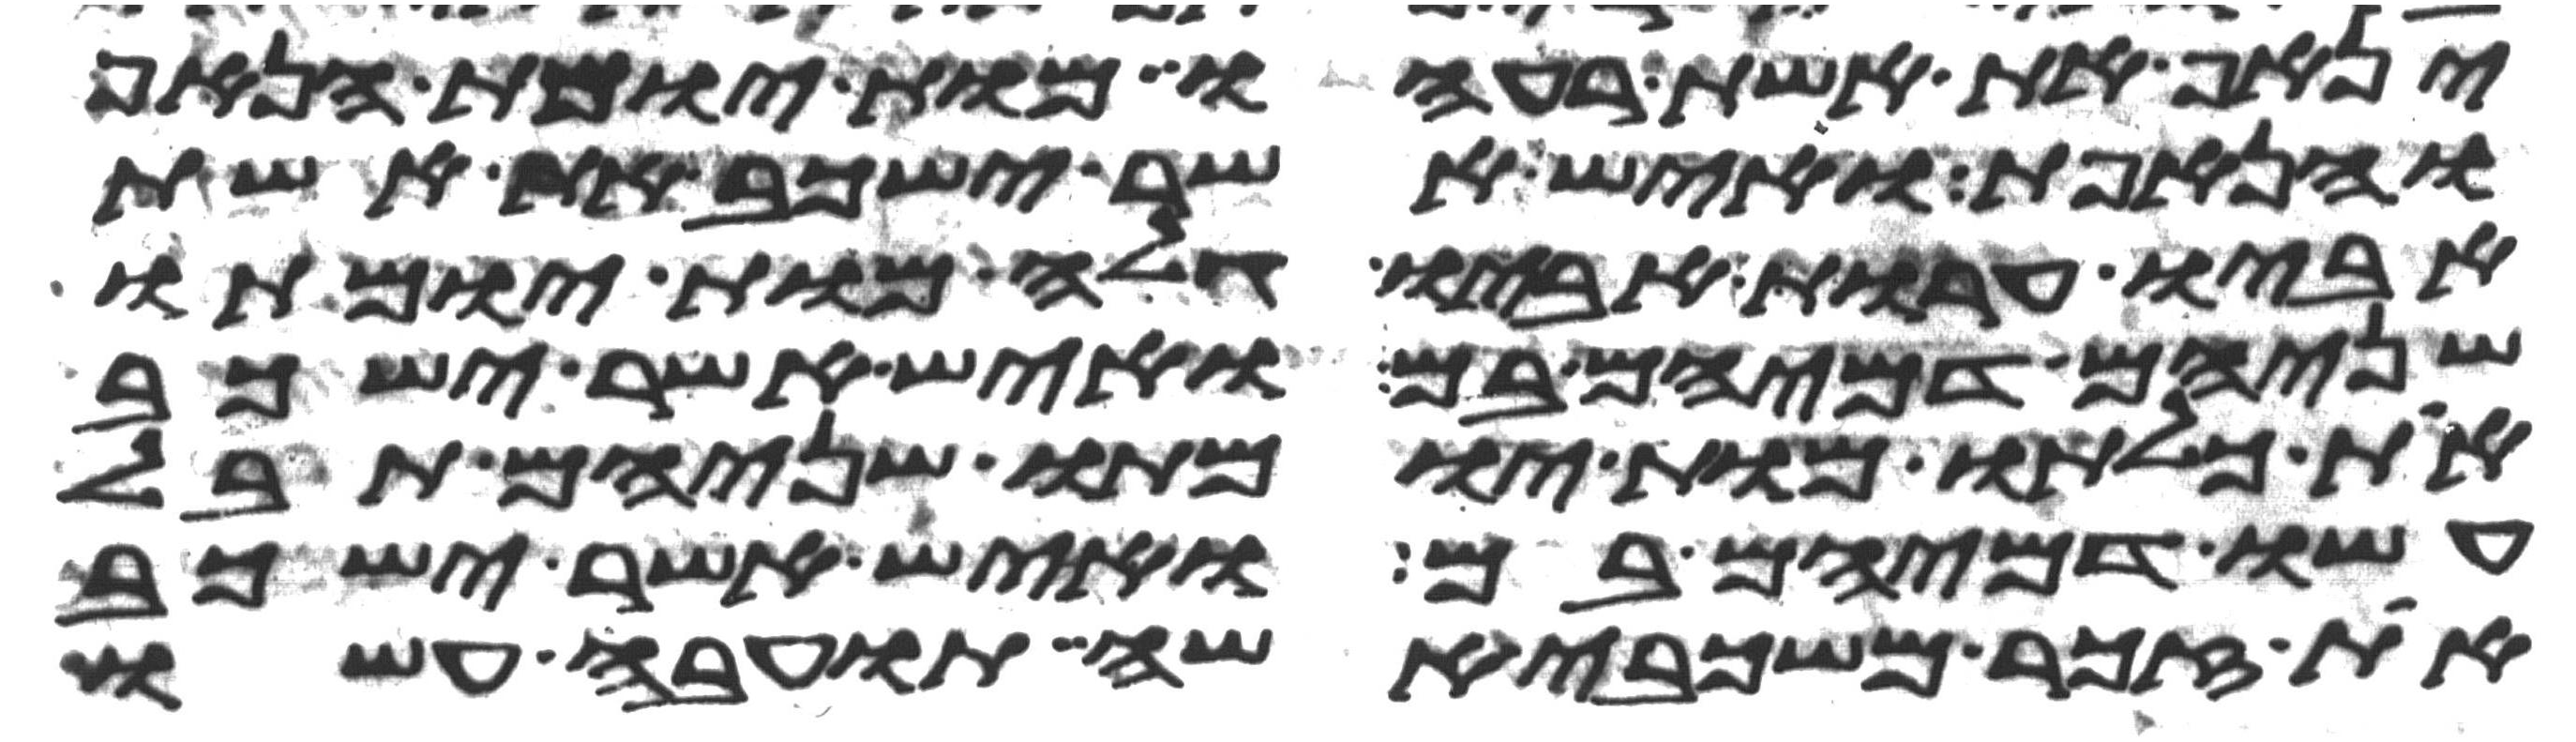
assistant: ינאף את אשת רעהו מות יומת הנאף
והנאפת ואיש אשר ישכב את אשת
אביו ערות אביו גלה מות יומתו
שניהם דמיהם בם ואיש אשר ישכב
את כלתו מות יומתו שניהם תבל
עשו דמיהם בם ואיש אשר ישכב
את זכר משכבי אשה תועבה עשו